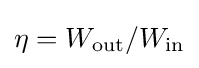
\eta =W_{\text{out}}/W_{\text{in}}